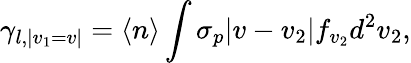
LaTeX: \gamma_{l,|v_{1}=v|}=\langle n\rangle\int\sigma_{p}|v-v_{2}|f_{v_{2}}d^{2}v_{2},